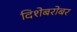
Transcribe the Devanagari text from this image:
दिशेबरोबर